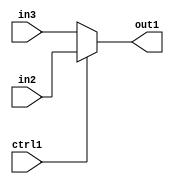
`timescale 1ps / 1ps
/*****************************************************************************
    Verilog RTL Description
    
    
    Created by: Stratus DpOpt 21.05.01 
*******************************************************************************/

module SobelFilter_N_Muxb_1_2_0_4 (
	in3,
	in2,
	ctrl1,
	out1
	); /* architecture "behavioural" */ 
input  in3,
	in2,
	ctrl1;
output  out1;
wire  asc001;

reg [0:0] asc001_tmp_0;
assign asc001 = asc001_tmp_0;
always @ (ctrl1 or in2 or in3) begin
	case (ctrl1)
		1'B1 : asc001_tmp_0 = in2 ;
		default : asc001_tmp_0 = in3 ;
	endcase
end

assign out1 = asc001;
endmodule

/* CADENCE  uLPzTAk= : u9/ySxbfrwZIxEzHVQQV8Q== ** DO NOT EDIT THIS LINE ******/